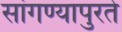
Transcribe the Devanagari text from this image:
सांगण्यापुरते